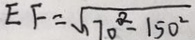
E F = \sqrt { 1 7 0 ^ { \circ } ^ { 2 } - 1 5 0 ^ { 2 } }